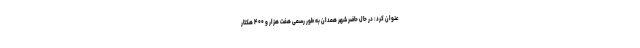
عنوان کرد: در حال حاضر شهر همدان به طور رسمی هفت هزار و ۴۰۰ هکتار